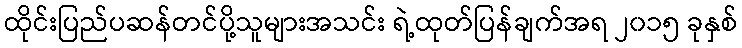
ထိုင်းပြည်ပဆန်တင်ပို့သူများအသင်း ရဲ့ထုတ်ပြန်ချက်အရ ၂၀၁၅ ခုနှစ်